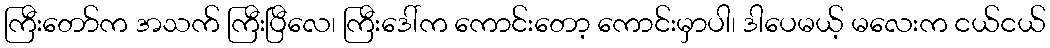
ကြီးတော်က အသက် ကြီးပြီလေ၊ ကြီးဒေါ်က ကောင်းတော့ ကောင်းမှာပါ၊ ဒါပေမယ့် မလေးက ငယ်ငယ်